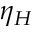
\eta _ { H }